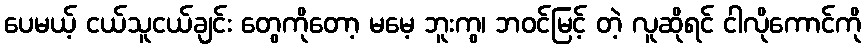
ပေမယ့် ငယ်သူငယ်ချင်း တွေကိုတော့ မမေ့ ဘူးကွ၊ ဘဝင်မြင့် တဲ့ လူဆိုရင် ငါလိုကောင်ကို